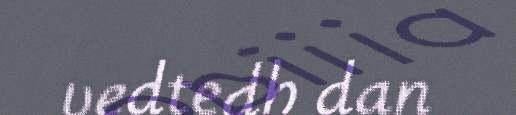
vedtedh dan